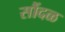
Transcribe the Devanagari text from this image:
सौंदळ